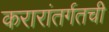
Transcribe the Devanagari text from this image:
करारांतर्गतची